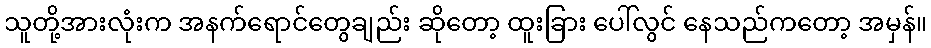
သူတို့အားလုံးက အနက်ရောင်တွေချည်း ဆိုတော့ ထူးခြား ပေါ်လွင် နေသည်ကတော့ အမှန်။